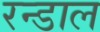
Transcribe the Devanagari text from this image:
रन्डाल